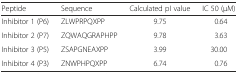
<table><thead><tr><td><b>Peptide</b></td><td><b>Sequence</b></td><td><b>Calculated pI value</b></td><td><b>IC 50 (μM)</b></td></tr></thead><tbody><tr><td>Inhibitor 1 (P6)</td><td>ZLWPRPQXPP</td><td>9.75</td><td>0.64</td></tr><tr><td>Inhibitor 2 (P7)</td><td>ZQWAQGRAPHPP</td><td>9.78</td><td>3.63</td></tr><tr><td>Inhibitor 3 (P5)</td><td>ZSAPGNEAXPP</td><td>3.99</td><td>30.00</td></tr><tr><td>Inhibitor 4 (P3)</td><td>ZNWPHPQXPP</td><td>6.74</td><td>0.76</td></tr></tbody></table>